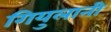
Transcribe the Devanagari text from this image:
गियुलानी